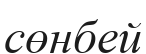
сөнбей